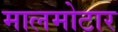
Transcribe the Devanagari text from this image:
मालमोटार